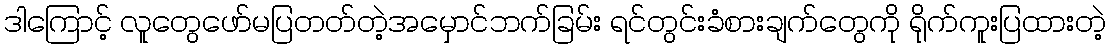
ဒါကြောင့် လူတွေဖော်မပြတတ်တဲ့အမှောင်ဘက်ခြမ်း ရင်တွင်းခံစားချက်တွေကို ရိုက်ကူးပြထားတဲ့